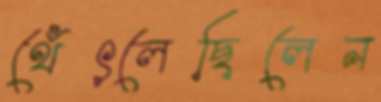
থেঁৎলেছিলেন